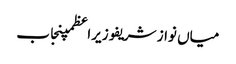
میاں نواز شریفوزیراعظمپنجاب